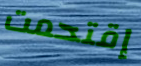
إقتحمت